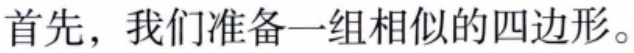
首先，我们准备一组相似的四边形。